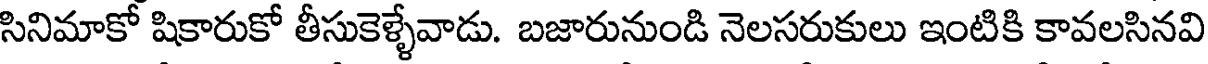
సినిమాకో షికారుకో తీసుకెళ్ళేవాడు. బజారునుండి నెలసరుకులు ఇంటికి కావలసినవి